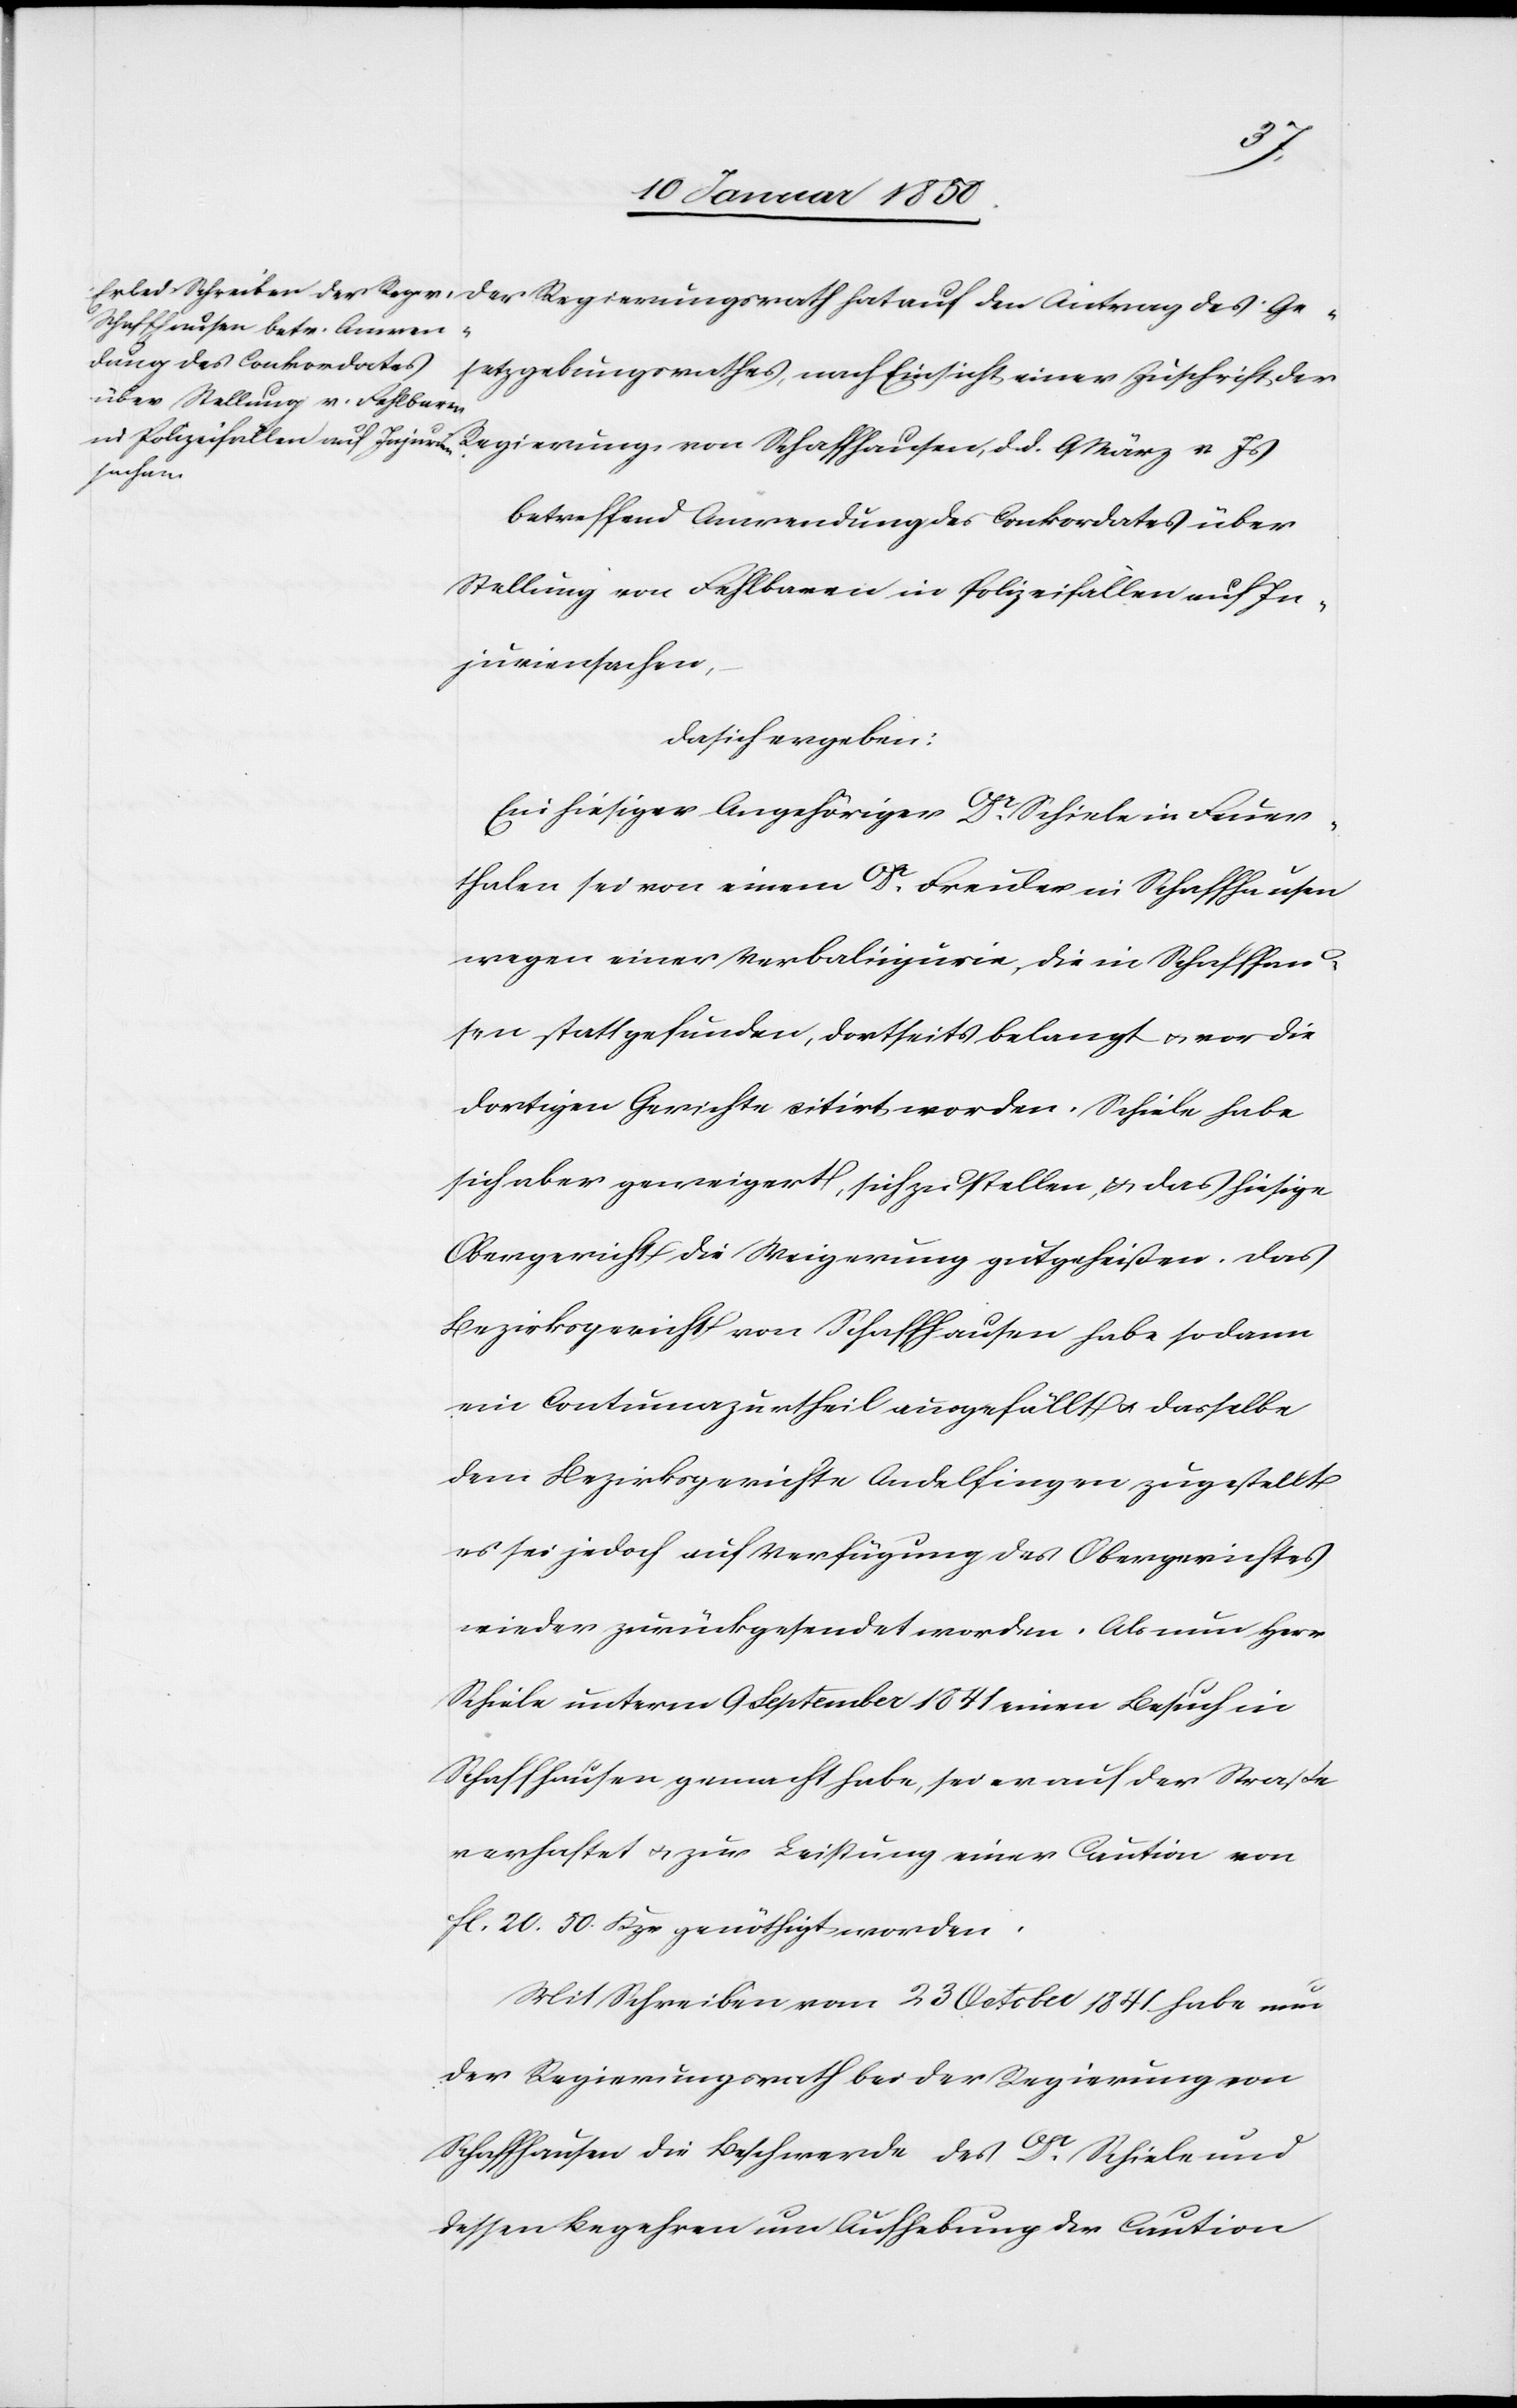
des
Gesetzgebungsrathes, nach Einsicht einer Zuschrift der
Regierung von Schaffhausen, d. d. 9 März v. Js
betreffend Anwendung des Conkordates über
Stellung von Fehlbaren in Polizeifällen auf In¬
juriensachen,
da sich ergeben:
Ein hiesiger Angehöriger Dr Schiele in Feuer¬
thalen sei von einem Dr Freuler in Schaffhausen
wegen einer Verbalinjurie, die in Schaffhau¬
sen statt gefunden, dortseits belangt u. vor die
dortigen Gerichte citirt worden. Schiele habe
sich aber geweigert, sich zu stellen, u. das hiesige
Obergericht, die Weigerung gutgeheißen. Das
Bezirksgericht von Schaffhausen habe sodann
ein Contumazurtheil ausgefällt u. dasselbe
dem Bezirksgerichte Andelfingen zugestellt
es sei jedoch auf Verfügung des Obergerichtes
wieder zurückgesendet worden. Als nun Herr
Schiele unterm 9 September 1841 einen Besuch in
Schaffhausen gemacht habe, sei er auf der Straße
verhaftet u. zur Leistung einer Caution von
fl. 20 50. Kzr genöthigt worden.
Mit Schreiben vom 23 October 1841 habe nun
der Regierungsrath bei der Regierung von
Schaffhausen die Beschwerde des Dr Schiele und
dessen Begehren um Aufhebung der Caution